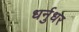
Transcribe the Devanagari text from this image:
धर्नुधर